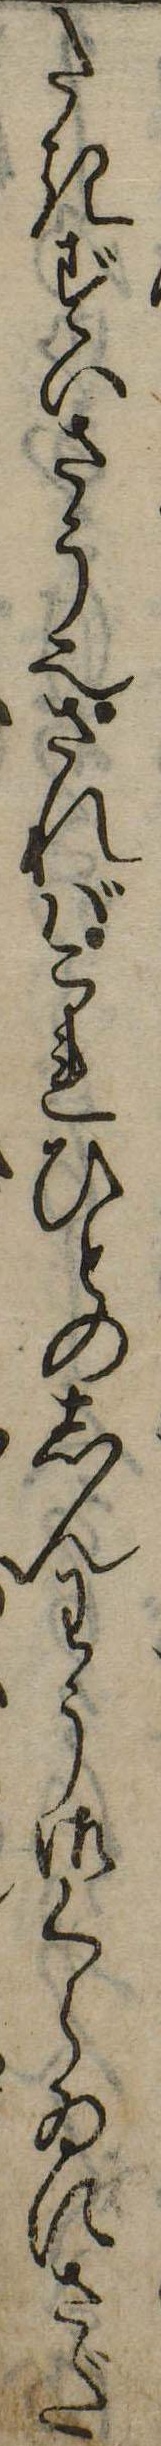
たきずいさう也さればこれひとのしんわう御くらゐにさだ